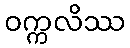
ဝက္ကလိဿ